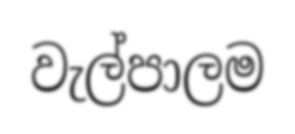
වැල්පාලම